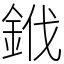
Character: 䤦